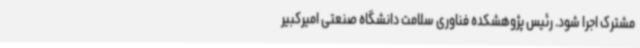
مشترک اجرا شود. رئیس پژوهشکده فناوری سلامت دانشگاه صنعتی امیرکبیر